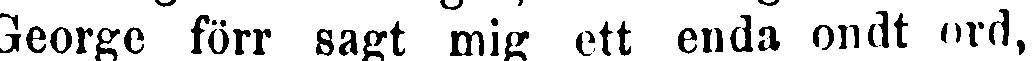
George förr sagt mig ett enda ondt ord,